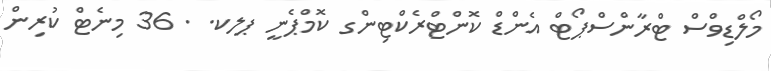
މޯލްޑިވްސް ޓްރާންސްޕޯޓް އެންޑް ކޮންޓްރެކްޓިންގ ކޮމްޕެނީ ޕލކ. . 36 މިނެޓް ކުރިން